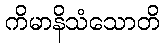
ကိမာနိသံသောတိ